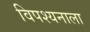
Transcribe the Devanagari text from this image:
विपश्यनाला